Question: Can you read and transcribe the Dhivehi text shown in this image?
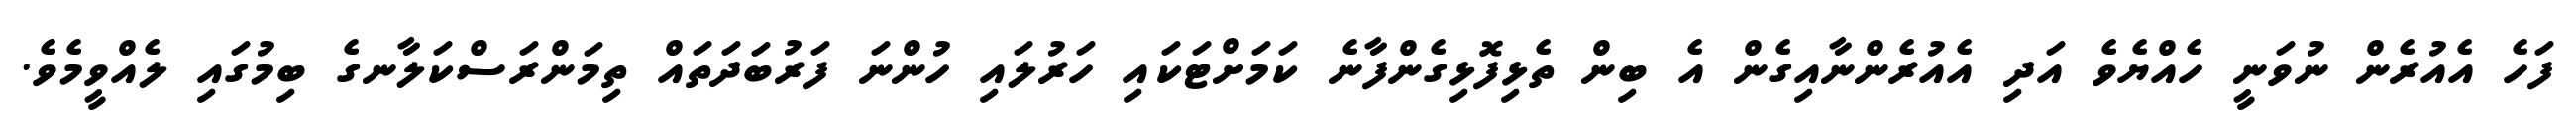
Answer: ފަހެ އެއުރެން ނުވަނީ ހެއްޔެވެ އަދި އެއުރެންނާއިގެން އެ ބިން ތެޅިފޮޅިގެންފާނެ ކަމަށްޓަކައި ހަރުލައި ހުންނަ ފަރުބަދަތައް ތިމަންރަސްކަލާނގެ ބިމުގައި ލެއްވީމެވެ.